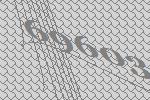
69603